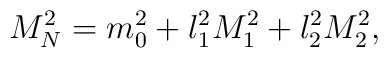
M_{N}^{2} = m_{0}^{2} + l_{1}^{2}M_{1}^2 + l_{2}^{2}M_{2}^2 ,